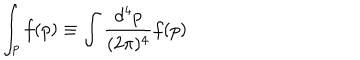
\int _ { p } f ( p ) \equiv \int \frac { d ^ { 4 } p } { ( 2 \pi ) ^ { 4 } } f ( p )